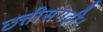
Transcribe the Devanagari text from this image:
छत्तीसगढ़ी।